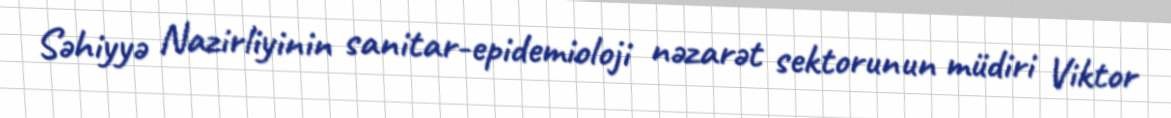
Səhiyyə Nazirliyinin sanitar-epidemioloji nəzarət sektorunun müdiri Viktor